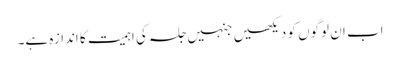
اب ان لوگوں کو دیکھیں جنہیں جلسہ کی اہمیت کا اندازہ ہے۔